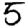
Digit: 5